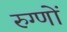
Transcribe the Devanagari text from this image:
रुग्णों